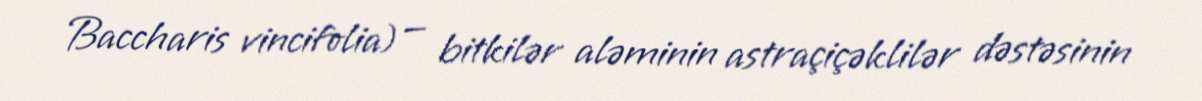
Baccharis vincifolia) — bitkilər aləminin astraçiçəklilər dəstəsinin